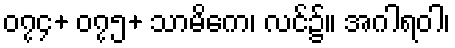
၀၇၄+ ၀၇၅+ သာမိကေ၊ လင်၌။ အဂါရဝါ၊